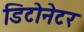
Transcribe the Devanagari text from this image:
डिटोनेटर